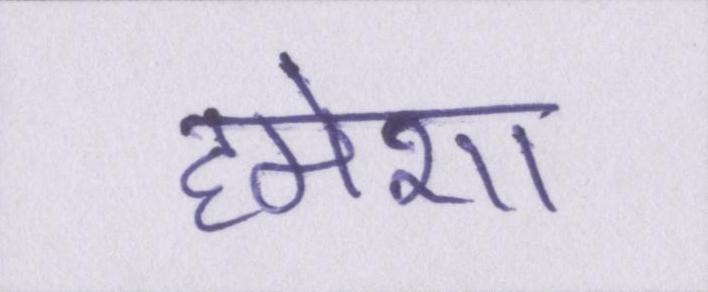
हमेशा